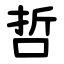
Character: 哲